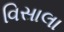
વિસાલા